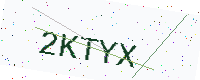
Text: 2KTYX